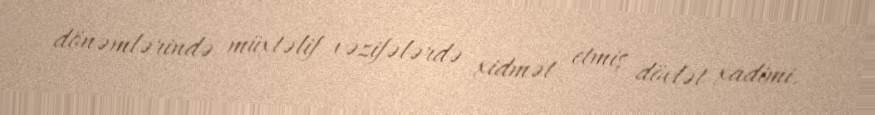
dönəmlərində müxtəlif vəzifələrdə xidmət etmiş dövlət xadimi.